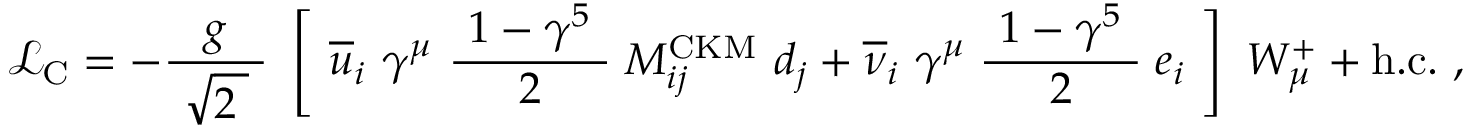
{ \mathcal { L } } _ { \mathrm { C } } = - { \frac { g } { \ { \sqrt { 2 \; } } \ } } \ \left[ \ { \overline { { u } } } _ { i } \ \gamma ^ { \mu } \ { \frac { \ 1 - \gamma ^ { 5 } \ } { 2 } } \; M _ { i j } ^ { \mathrm { C K M } } \ d _ { j } + { \overline { { \nu } } } _ { i } \ \gamma ^ { \mu } \; { \frac { \ 1 - \gamma ^ { 5 } \ } { 2 } } \; e _ { i } \ \right] \ W _ { \mu } ^ { + } + \mathrm { h . c . } ~ ,